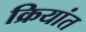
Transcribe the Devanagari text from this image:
क्रियांत